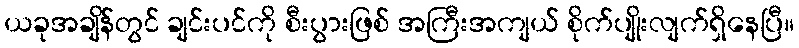
ယခုအချိန်တွင် ချင်းပင်ကို စီးပွားဖြစ် အကြီးအကျယ် စိုက်ပျိုးလျက်ရှိနေပြီ။